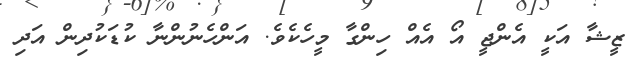
ޒީޝާ އަކީ އެންޖީ އޯ އެއް ހިންގާ މީހެކެވެ. އަންހެނުންނާ ކުޑަކުދިން އަދި